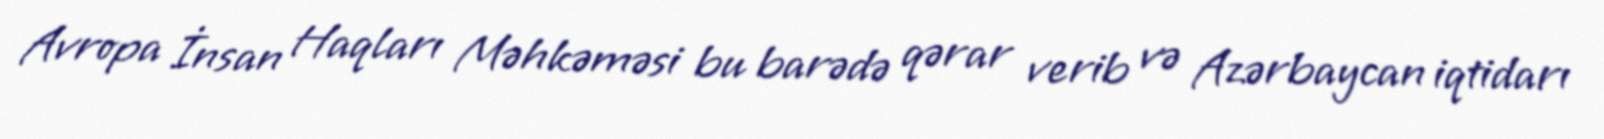
Avropa İnsan Haqları Məhkəməsi bu barədə qərar verib və Azərbaycan iqtidarı